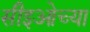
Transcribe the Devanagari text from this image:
सीइओच्या